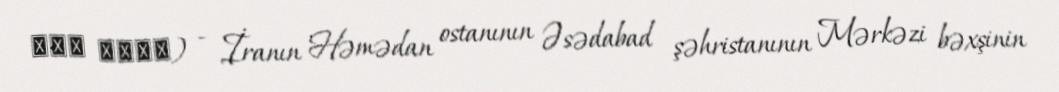
کمک سفلی) - İranın Həmədan ostanının Əsədabad şəhristanının Mərkəzi bəxşinin